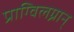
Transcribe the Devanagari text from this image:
प्राग्विलग्नान्